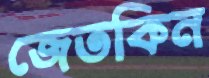
জেতকিন